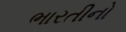
ભારતીનો